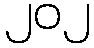
၂၀၂